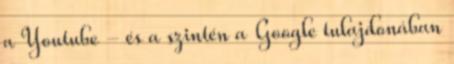
a Youtube - és a szintén a Google tulajdonában